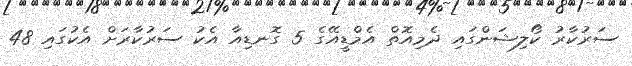
ސަރުކާރު ކޯލިޝަންގައި ދެމިއޮތް އެމްޑީއޭގެ 5 ގޮނޑިއާ އެކު ސަރުކާރަށް އެކުގައި 48